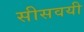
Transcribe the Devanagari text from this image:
सीसवयी